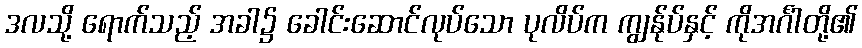
ဒလသို့ ရောက်သည့် အခါ၌ ခေါင်းဆောင်လုပ်သော ပုလိပ်က ကျွန်ုပ်နှင့် ကိုအင်္ဂါတို့၏